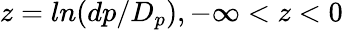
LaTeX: z=ln(dp/D_{p}),-\infty<z<0